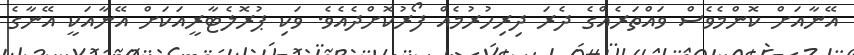
އޭނާއަށް ކޮންމެވެސް ވައްތަރެއްގެ ދެރަ ދިރިހުރުމެއް ފޯރުކޮށްދެއެވެ. ވަކި ޕުރޮލެޓާރީއަކަށް އޭނާއަކީ އޭނާގެ